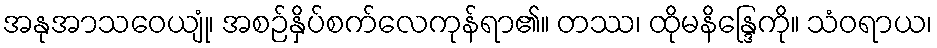
အနုအာသဝေယျုံ၊ အစဉ်နှိပ်စက်လေကုန်ရာ၏။ တဿ၊ ထိုမနိန္ဒြေကို။ သံဝရာယ၊